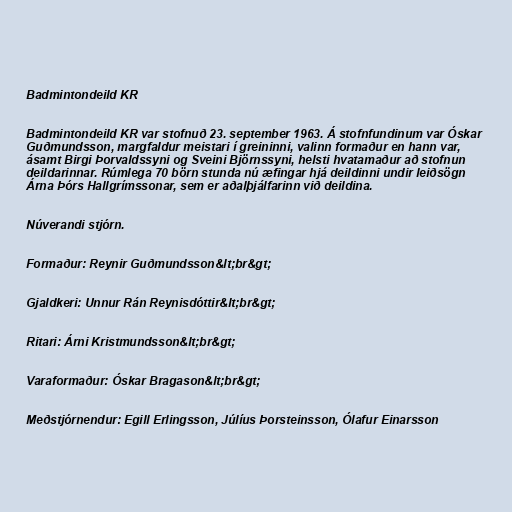
Badmintondeild KR

Badmintondeild KR var stofnuð 23. september 1963. Á stofnfundinum var Óskar
Guðmundsson, margfaldur meistari í greininni, valinn formaður en hann var,
ásamt Birgi Þorvaldssyni og Sveini Björnssyni, helsti hvatamaður að stofnun
deildarinnar. Rúmlega 70 börn stunda nú æfingar hjá deildinni undir leiðsögn
Árna Þórs Hallgrímssonar, sem er aðalþjálfarinn við deildina.

Núverandi stjórn.

Formaður: Reynir Guðmundsson&lt;br&gt;

Gjaldkeri: Unnur Rán Reynisdóttir&lt;br&gt;

Ritari: Árni Kristmundsson&lt;br&gt;

Varaformaður: Óskar Bragason&lt;br&gt;

Meðstjórnendur: Egill Erlingsson, Júlíus Þorsteinsson, Ólafur Einarsson